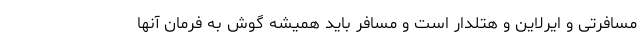
مسافرتی و ایرلاین و هتلدار است و مسافر باید همیشه گوش به فرمان آنها